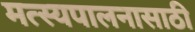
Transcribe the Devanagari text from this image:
मत्‍स्यपालनासाठी